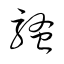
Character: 騷